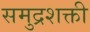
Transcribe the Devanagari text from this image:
समुद्रशक्ती